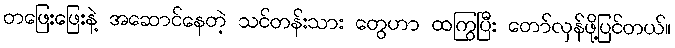
တဖြေးဖြေးနဲ့ အဆောင်နေတဲ့ သင်တန်းသား တွေဟာ ထကြွပြီး တော်လှန်ဖို့ပြင်တယ်။